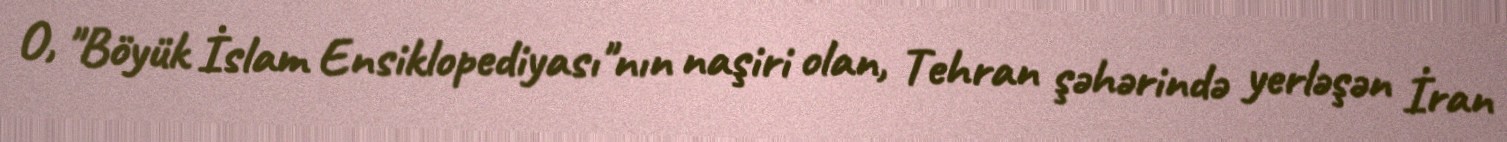
O, "Böyük İslam Ensiklopediyası"nın naşiri olan, Tehran şəhərində yerləşən İran